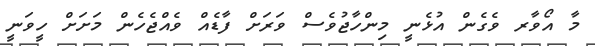
މާ އޯވާރ ވެގެން އުޅެނީ މިންހާޖުވެސް ވަރަށް ފާޑެއް ވެއްޖެހެން މަށަށް ހީވަނީ